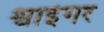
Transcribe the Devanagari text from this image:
श्वाइंगर